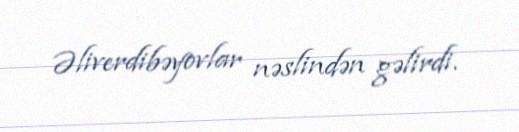
Əliverdibəyovlar nəslindən gəlirdi.